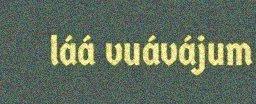
láá vuávájum